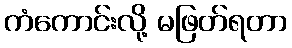
ကံကောင်းလို့ မဖြတ်ရတာ